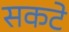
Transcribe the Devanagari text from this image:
सकटे